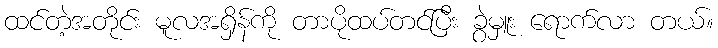
ထင်တဲ့အတိုင်း မူလအရှိန်ကို တာပိုထပ်တင်ပြီး ခွဲမှူး ရောက်လာ တယ်။